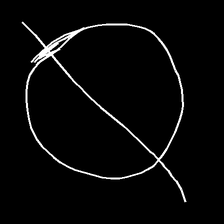
Glyph: orb